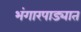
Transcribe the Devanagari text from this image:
भंगारपाड्यात